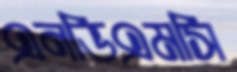
এনডিএমসি